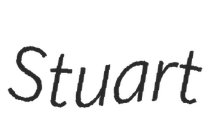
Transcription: Stuart